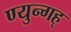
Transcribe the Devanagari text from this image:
ण्युन्गह्